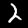
Label: 2